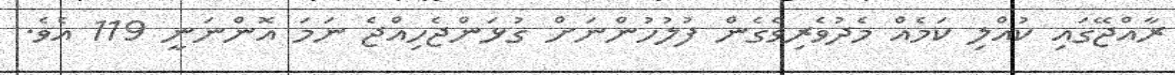
ރާއްޖޭގައި ކުއްލި ކަމެއް މެދުވެރިވެގެން ފުލުހުންނަށް ގުޅަންޖެހިއްޖެ ނަމަ އޮންނަނީ 119 އެވެ.